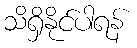
သိရှိနိုင်ပါရန်